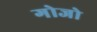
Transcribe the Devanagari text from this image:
गोजो